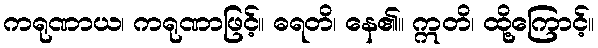
ကရုဏာယ၊ ကရုဏာဖြင့်။ ဓရတိ၊ နေ၏။ ဣတိ၊ ထို့ကြောင့်။